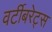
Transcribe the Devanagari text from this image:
वर्टीबरेट्स